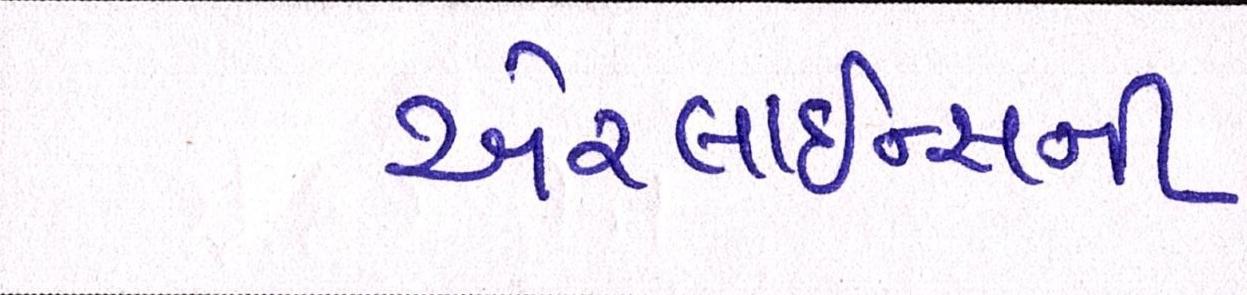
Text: એરલાઇન્સની